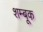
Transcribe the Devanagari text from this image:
शम्बूक